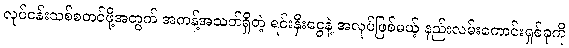
လုပ်ငန်းသစ်စတင်ဖို့အတွက် အကန့်အသတ်ရှိတဲ့ ရင်းနှီးငွေနဲ့ အလုပ်ဖြစ်မယ့် နည်းလမ်းကောင်းရှစ်ခုကို